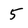
Character: 5